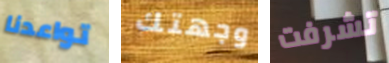
تواعدنا وجهتك تشرفت